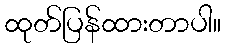
ထုတ်ပြန်ထားတာပါ။